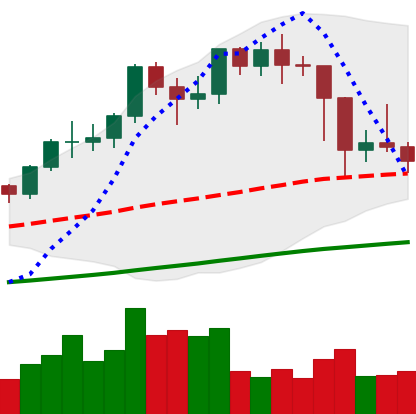
Ticker: LTC-USD
Chart end date: 2021-02-26
Forward return: 10.638%
Label: up_7plus